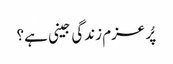
پُر عزم زندگی جینی ہے؟